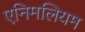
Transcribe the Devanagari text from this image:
एनिमलियम